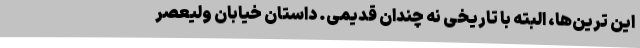
این ترین‌ها، البته با تاریخی نه چندان قدیمی. داستان خیابان ولیعصر